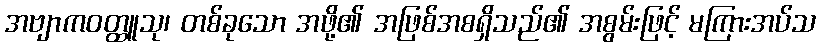
အဗျာကဝတ္ထူသု၊ တစ်ခုသော အဖို့၏ အဖြစ်အစရှိသည်၏ အစွမ်းဖြင့် မကြားအပ်သ